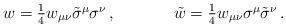
LaTeX: \begin{align*}\begin{array}{cc}w=\textstyle{\frac{1}{4}}w_{\mu\nu}\tilde{\sigma}^{\mu}\sigma^{\nu}\,,~~~~&~~~~\tilde{w}=\textstyle{\frac{1}{4}}w_{\mu\nu}\sigma^{\mu}\tilde{\sigma}^{\nu}\,.\end{array}\end{align*}